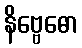
နိဗ္ဗေဓော